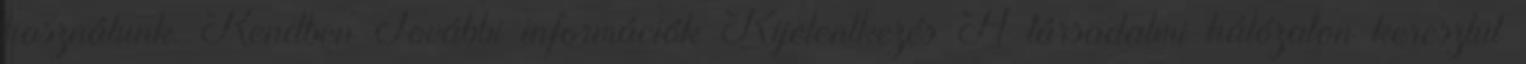
használunk. Rendben További információk Kijelentkezés A társadalmi hálózaton keresztül